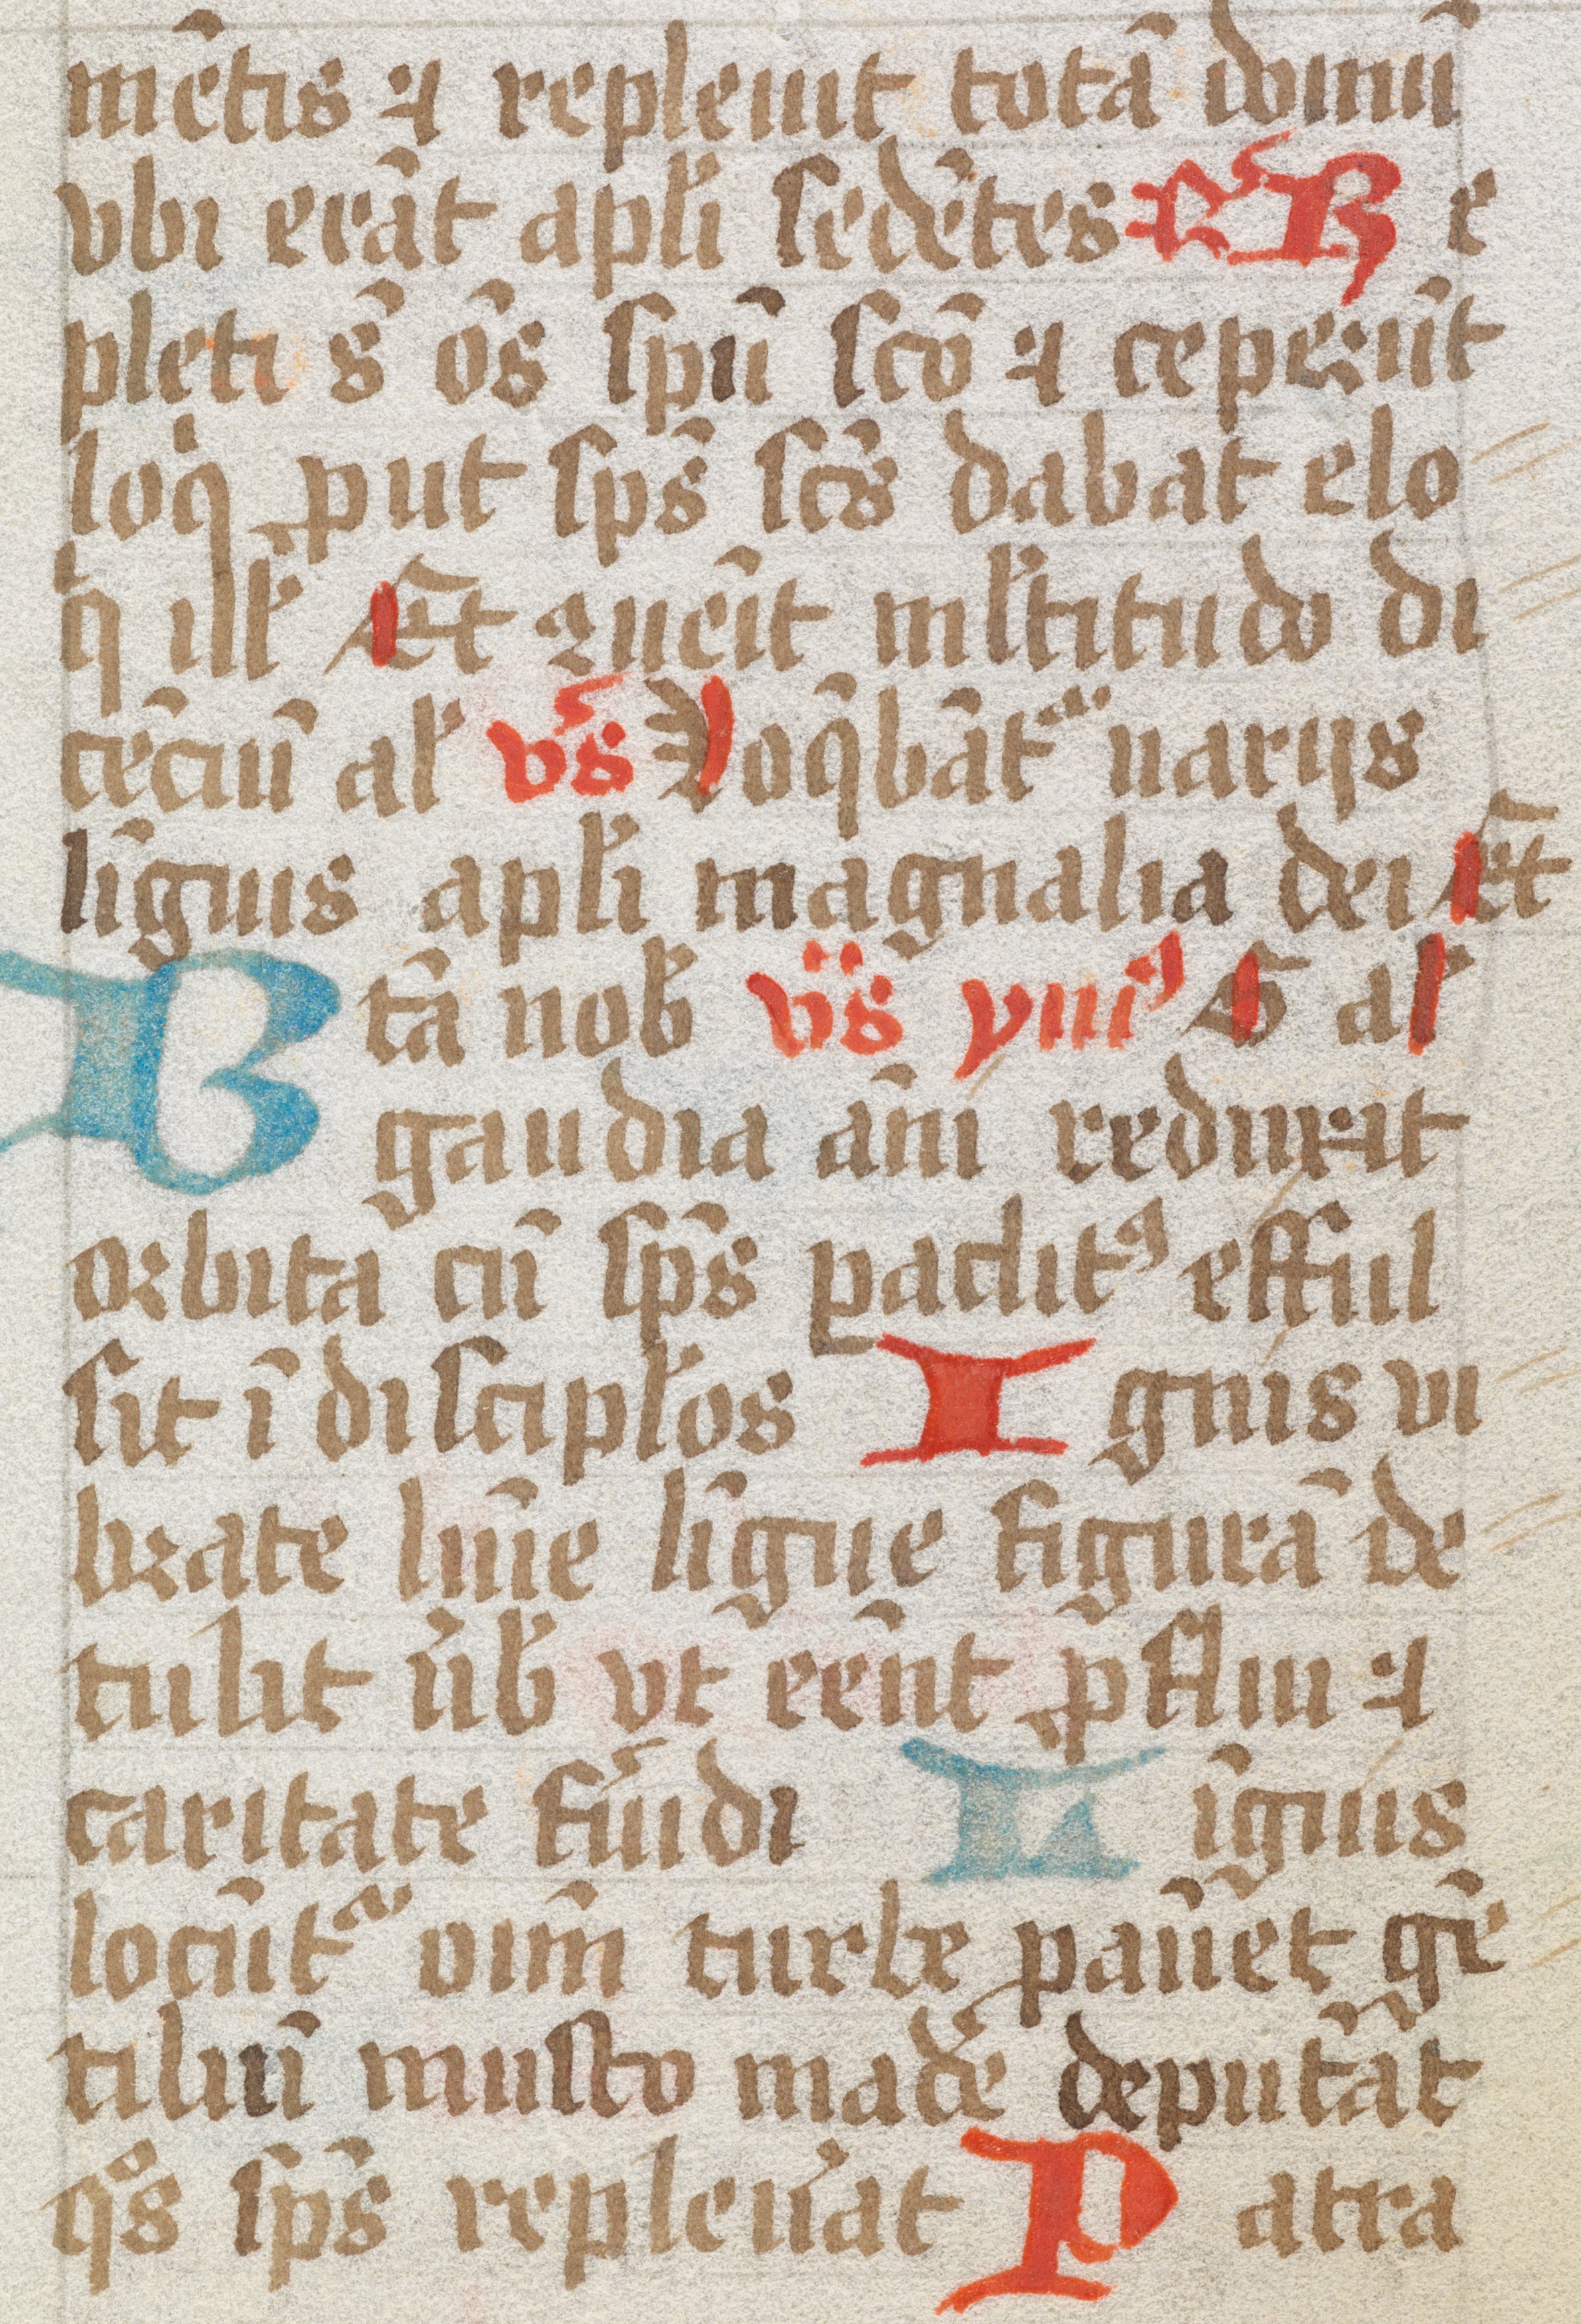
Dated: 1461–1499